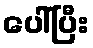
ပေါ်ပြီး